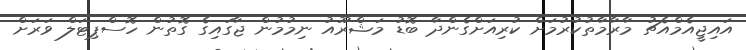
އައިޖީއެމްއެޗު މާރާމާތުކުރުމަށް ކުރިއަށްގެންދާ ބޮޑު މަޝްރޫއު ނިމުމުން ޖާގައިގެ ގޮތުން ހޮސްޕިޓަލް ވަރަށް